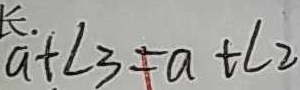
a + \angle 3 = a + \angle 2